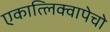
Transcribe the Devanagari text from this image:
एकात्लिक्वापेचो